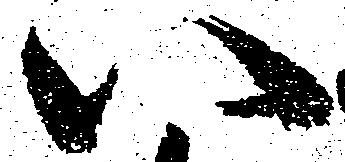
い